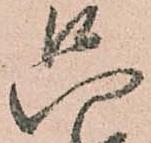
只